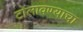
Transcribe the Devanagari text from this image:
टोलावण्याचा